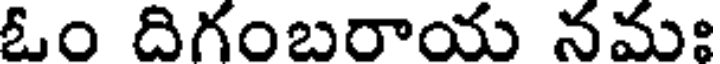
ఓం దిగంబరాయ నమః